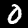
Digit: 0